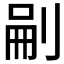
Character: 𭃬